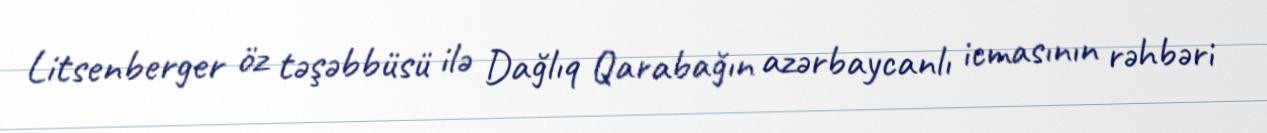
Litsenberger öz təşəbbüsü ilə Dağlıq Qarabağın azərbaycanlı icmasının rəhbəri